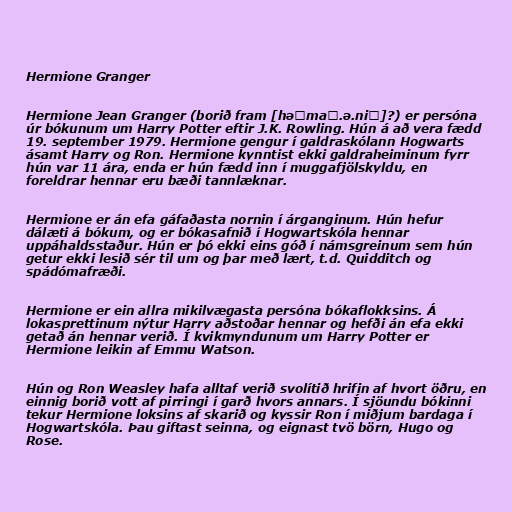
Hermione Granger

Hermione Jean Granger (borið fram [həˈmaɪ.ə.niː]?) er persóna
úr bókunum um Harry Potter eftir J.K. Rowling. Hún á að vera fædd
19. september 1979. Hermione gengur í galdraskólann Hogwarts
ásamt Harry og Ron. Hermione kynntist ekki galdraheiminum fyrr
hún var 11 ára, enda er hún fædd inn í muggafjölskyldu, en
foreldrar hennar eru bæði tannlæknar.

Hermione er án efa gáfaðasta nornin í árganginum. Hún hefur
dálæti á bókum, og er bókasafnið í Hogwartskóla hennar
uppáhaldsstaður. Hún er þó ekki eins góð í námsgreinum sem hún
getur ekki lesið sér til um og þar með lært, t.d. Quidditch og
spádómafræði.

Hermione er ein allra mikilvægasta persóna bókaflokksins. Á
lokasprettinum nýtur Harry aðstoðar hennar og hefði án efa ekki
getað án hennar verið. Í kvikmyndunum um Harry Potter er
Hermione leikin af Emmu Watson.

Hún og Ron Weasley hafa alltaf verið svolítið hrifin af hvort öðru, en
einnig borið vott af pirringi í garð hvors annars. Í sjöundu bókinni
tekur Hermione loksins af skarið og kyssir Ron í miðjum bardaga í
Hogwartskóla. Þau giftast seinna, og eignast tvö börn, Hugo og
Rose.